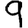
Digit: 9